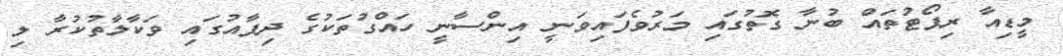
މީޑިއާ ރިޕޯޓުތައް ބުނާ ގޮތުގައި މަރުވެފައިވަނީ އިންސާނީ ހައްގުތަކުގެ ދިފާއުގައި ވަކާލާތުކުރާ ލި